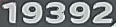
19392